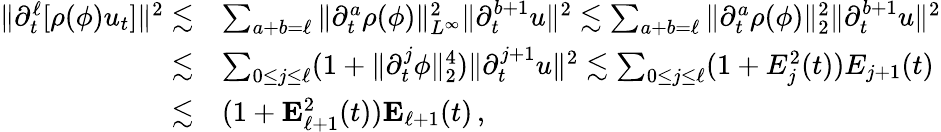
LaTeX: \begin{array}{rl}{\| \partial_{t}^{\ell}[\rho(\phi)u_{t}]\| ^{2}\lesssim}&{\sum_{a+b=\ell}\| \partial_{t}^{a}\rho(\phi)\| _{L^{\infty}}^{2}\| \partial_{t}^{b+1}u\| ^{2}\lesssim\sum_{a+b=\ell}\| \partial_{t}^{a}\rho(\phi)\| _{2}^{2}\| \partial_{t}^{b+1}u\| ^{2}}\\ {\lesssim}&{\sum_{0\leq j\leq\ell}(1+\| \partial_{t}^{j}\phi\| _{2}^{4})\| \partial_{t}^{j+1}u\| ^{2}\lesssim\sum_{0\leq j\leq\ell}(1+E_{j}^{2}(t))E_{j+1}(t)}\\ {\lesssim}&{(1+\mathbf{E}_{\ell+1}^{2}(t))\mathbf{E}_{\ell+1}(t)\, ,}\end{array}